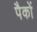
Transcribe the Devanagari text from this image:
पैकों